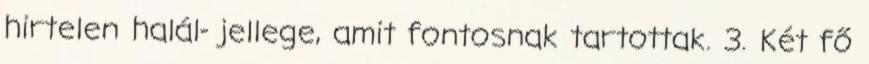
hirtelen halál- jellege, amit fontosnak tartottak. 3. Két fő